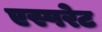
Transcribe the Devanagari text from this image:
एस्परेट